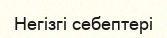
Негізгі себептері